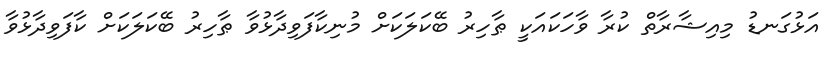
އަޅުގަނޑު މިއިޝާރާތް ކުރާ ވާހަކައަކީ ޠާހިރު ބޭކަލަކަށް މުނިކާފަވިދާޅުވާ ޠާހިރު ބޭކަލަކަށް ކާފަވިދާޅުވާ